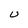
Character: U